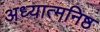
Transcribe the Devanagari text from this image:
अध्यात्मनिष्ठ